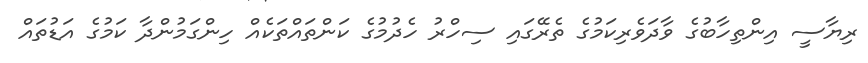
ރިޔާސީ އިންތިހާބުގެ ވާދަވެރިކަމުގެ ތެރޭގައި ސިހްރު ހެދުމުގެ ކަންތައްތަކެއް ހިންގަމުންދާ ކަމުގެ އަޑުތައް